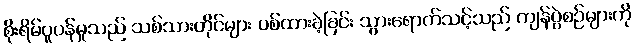
စိုးရိမ်ပူပန်မှုသည် သစ်သားတိုင်များ ပစ်ထားခဲ့ခြင်း သွားရောက်သင့်သည် ကျန်ပွဲစဉ်များကို